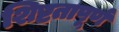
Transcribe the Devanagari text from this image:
शिष्टतापूर्ण